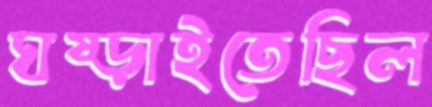
ঘষ্‌ড়াইতেছিল